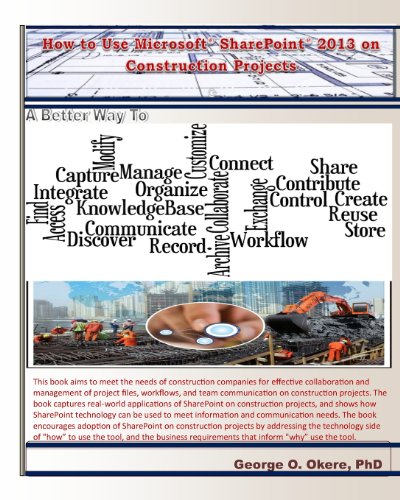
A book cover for How to Use Microsoft SharePoint 2013 on Construction Projects; George O Okere PhD; Computers & Technology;